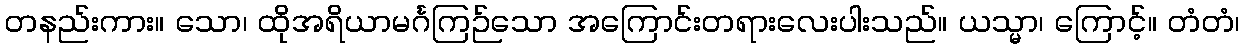
တနည်းကား။ သော၊ ထိုအရိယာမင်္ဂကြဉ်သော အကြောင်းတရားလေးပါးသည်။ ယသ္မာ၊ ကြောင့်။ တံတံ၊